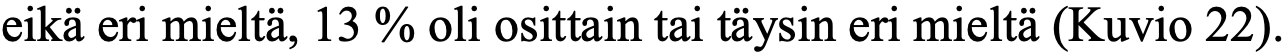
eikä eri mieltä, 13 % oli osittain tai täysin eri mieltä (Kuvio 22).